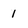
Character: 1